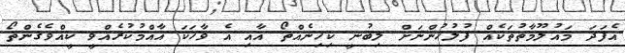
އެފަދަ މައުލޫމާތުތަކެއް ފުލުހުންނަށް ލިބުނީ ކިހިނެއްތޯ އާއި އެ ވާހަކަ އާއްމުކުރެއްވީ ކީއްވެގެންތޯ